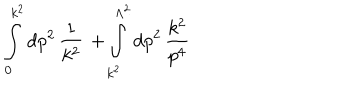
\int _ { 0 } ^ { k ^ { 2 } } \mathrm { d } p ^ { 2 } \, \frac { 1 } { k ^ { 2 } } \, + \int _ { k ^ { 2 } } ^ { \Lambda ^ { 2 } } \mathrm { d } p ^ { 2 } \, \frac { k ^ { 2 } } { p ^ { 4 } }